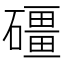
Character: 礓